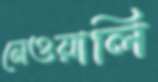
নেওয়ালি